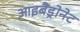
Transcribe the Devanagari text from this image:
आइबैंड्रोनेट